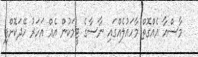
މާސްއާ އެއްގޮތް މާހައުލެއްގައި ނާސާގެ ޓީމަކުން އެއް އަހަރު ހޭދަކޮށްފި